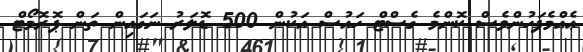
ޢެއްމެފަހުންވެސް ކޮންމެ ގެސްޓް ހައުސް އަކުން 500 ޑޮލަރު ނަގައިން ތަން ޕޮރޮމޯޓް